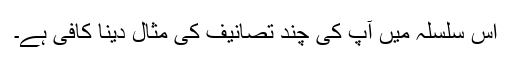
اس سلسلہ میں آپ کی چند تصانیف کی مثال دینا کافی ہے۔